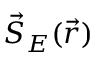
\vec { S } _ { E } ( \vec { r } )